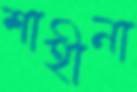
শাহীনা